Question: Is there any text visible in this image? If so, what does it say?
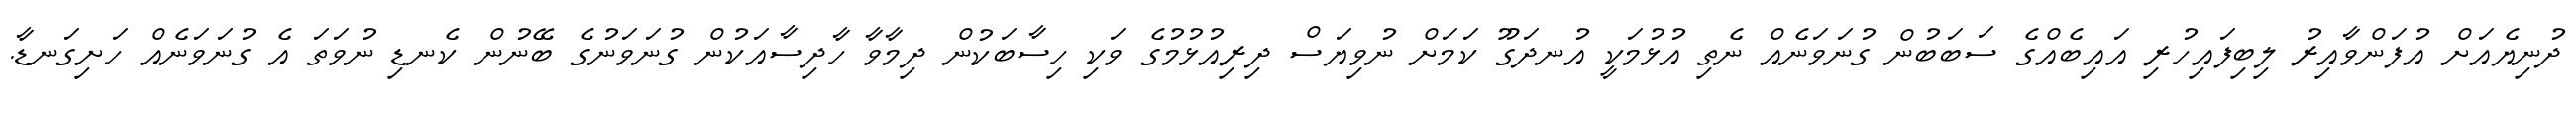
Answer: ދުނިޔެއަށް އުފަންވާއިރު ލިބިފައިހުރި އައިބެއްގެ ސަބަބުން ގުނަވަނެއް ނެތި އުޅުމަކީ އުނދަގޫ ކަމަށް ނުވިޔަސް ދިރިއުޅުމުގެ ވަކި ހިސާބަކުން ދިމާވާ ހާދިސާއަކުން ގުނަވަނުގެ ބޭނުން ކެނޑި ނުވަތަ އެ ގުނަވަނެއް ހަށިގަނޑާ.